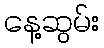
နေ့ဆွမ်း